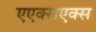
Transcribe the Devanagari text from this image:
एएक्सएक्स